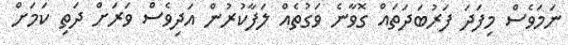
ނަމަވެސް މިފަދަ ފަރުބަދަތައް ގޮވާނެ ވަގުތެއް ލަފާކުރުން އަދިވެސް ވަރަށް ދަތި ކަމަށް